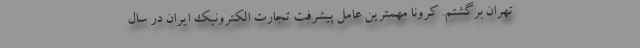
تهران برگشتم. کرونا مهمترین عامل پیشرفت تجارت الکترونیک ایران در سال